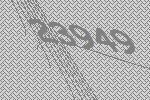
23949